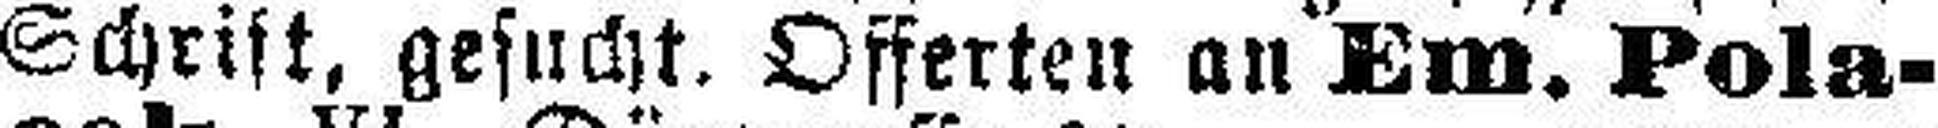
Schrift, gesucht. Offerten an Em. Pola¬